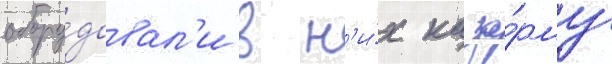
обору́довал'и в н'и́х каза́рму